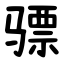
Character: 骠